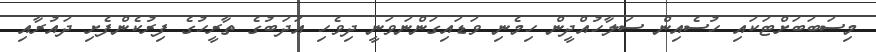
މިސަބަބަށްޓަކައި ހުސެއިން ސަލާހުއްދީން ހިމެނި ވަޑައިގަންނަވަނީ ދިވެހި އަދަބުގެ ތާރީހުގެ ފިރުކެންފެށި ދައުރާއި